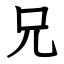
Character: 兄